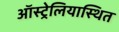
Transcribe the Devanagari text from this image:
ऑस्ट्रेलियास्थित